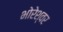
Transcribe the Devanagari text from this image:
भोरेश्वर